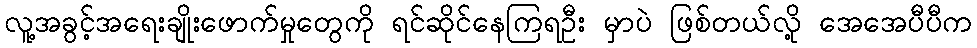
လူ့အခွင့်အရေးချိုးဖောက်မှုတွေကို ရင်ဆိုင်နေကြရဦး မှာပဲ ဖြစ်တယ်လို့ အေအေပီပီက